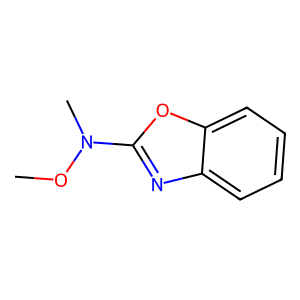
SMILES: CON(C)c1nc2ccccc2o1
Inhibits HIV replication: No